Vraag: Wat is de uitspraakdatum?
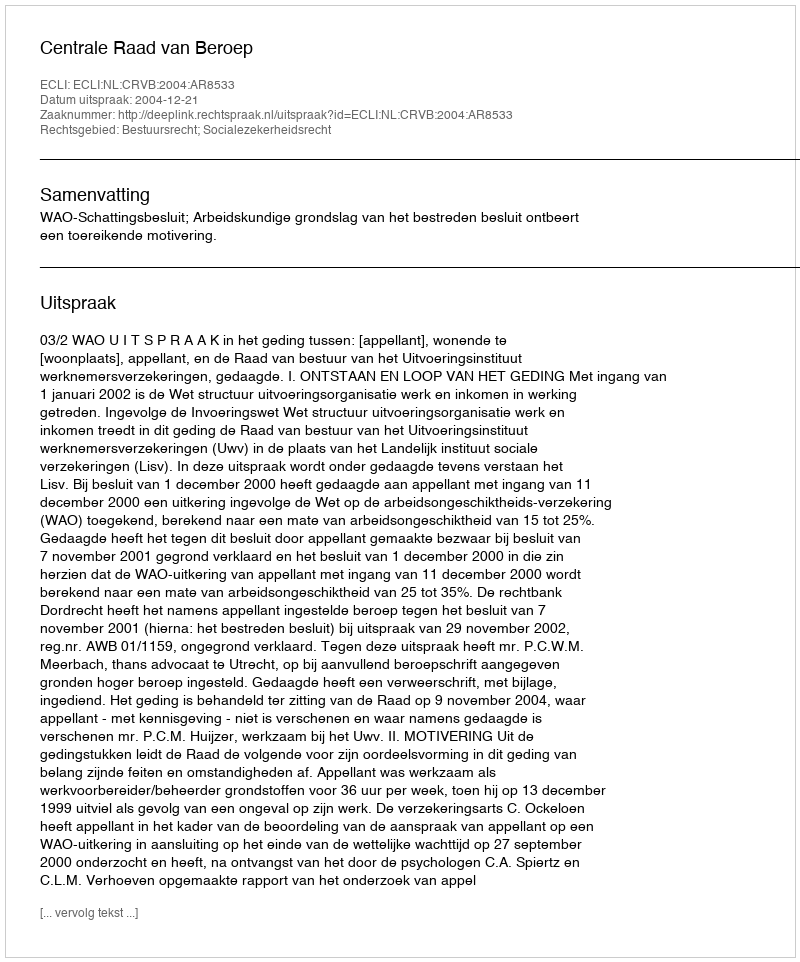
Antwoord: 2004-12-21